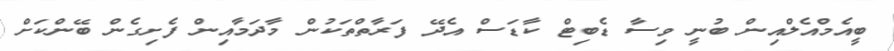
ބީއެމްއެލްއިން ބުނީ ވިސާ ޑެބިޓް ކާޑަސް އެދޭ ފަރާތްތަކުން މާދަމާއިން ފެށިގެން ބޭންކަށް